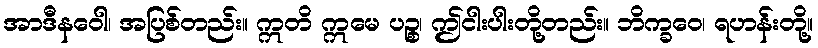
အာဒီနဝေါ၊ အပြစ်တည်း။ ဣတိ ဣမေ ပဉ္စ၊ ဤငါးပါးတို့တည်း။ ဘိက္ခဝေ၊ ရဟန်းတို့။